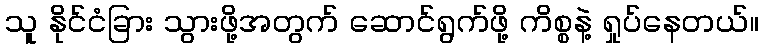
သူ နိုင်ငံခြား သွားဖို့အတွက် ဆောင်ရွက်ဖို့ ကိစ္စနဲ့ ရှုပ်နေတယ်။